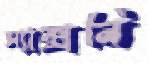
স্যাক্সনি